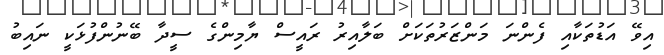
އިވޭ އަޑުތަކާއި ފެންނަ މަންޒަރުތަކަށް ބަލާއިރު ރައީސް ޔާމިންގެ ސީދާ ބޭނުންފުޅަކީ ނައިބު